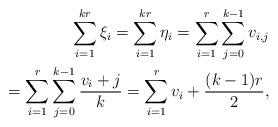
LaTeX: \begin{align*} \sum_{i=1}^{k r} \xi_i = \sum_{i=1}^{k r} \eta_i = \sum_{i=1}^r \sum_{j=0}^{k-1} v_{i,j} \\= \sum_{i=1}^r \sum_{j=0}^{k-1} \frac{v_i + j}{k} = \sum_{i=1}^r v_i + \frac{(k-1) r}{2}, \end{align*}